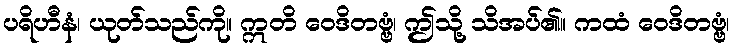
ပရိဟီနံ၊ ယုတ်သည်ကို။ ဣတိ ဝေဒိတဗ္ဗံ၊ ဤသို့ သိအပ်၏။ ကထံ ဝေဒိတဗ္ဗံ၊